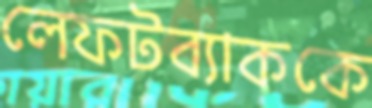
লেফটব্যাককে